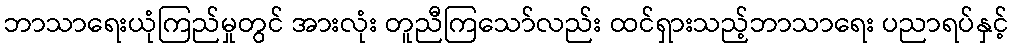
ဘာသာရေးယုံကြည်မှုတွင် အားလုံး တူညီကြသော်လည်း ထင်ရှားသည့်ဘာသာရေး ပညာရပ်နှင့်